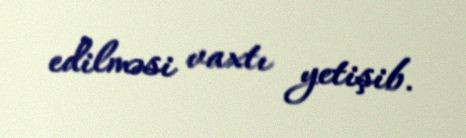
edilməsi vaxtı yetişib.